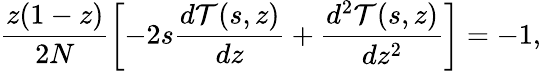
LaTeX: \frac{z(1-z)}{2N}\left[-2s\frac{d{\cal T}(s,z)}{dz}+\frac{d^{2}{\cal T}(s,z)}{dz^{2}}\right]=-1,